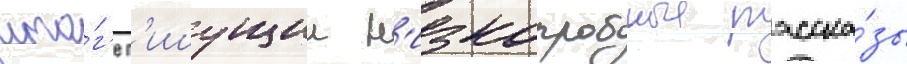
ито́г'е п'ишущии н'изкопробные расска́зы